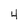
Character: 4